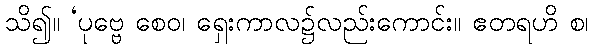
သိ၍။ ‘ပုဗ္ဗေ စေဝ၊ ရှေးကာလ၌လည်းကောင်း။ ဧတရဟိ စ၊